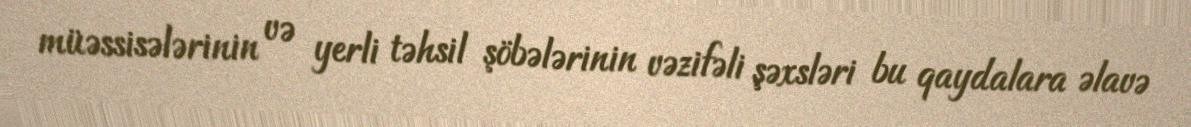
müəssisələrinin və yerli təhsil şöbələrinin vəzifəli şəxsləri bu qaydalara əlavə